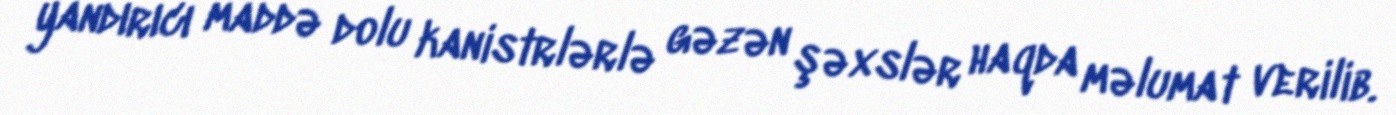
yandırıcı maddə dolu kanistrlərlə gəzən şəxslər haqda məlumat verilib.